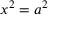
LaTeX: x ^ { 2 } = a ^ { 2 }